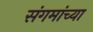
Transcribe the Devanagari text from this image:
संगमांच्या